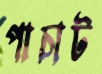
পাচাট